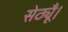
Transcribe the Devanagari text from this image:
सेठ्यूँ।